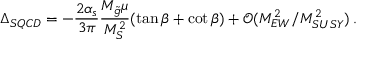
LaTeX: \Delta _ { S Q C D } = - \frac { 2 \alpha _ { s } } { 3 \pi } \frac { M _ { \tilde { g } } \mu } { M _ { S } ^ { 2 } } ( \tan \beta + \cot \beta ) + \mathcal { O } ( M _ { E W } ^ { 2 } / M _ { S U S Y } ^ { 2 } ) \, .